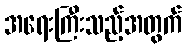
အရေးကြီးသည့်အတွက်